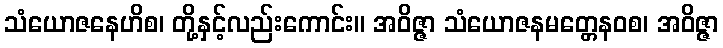
သံယောဇနေဟိစ၊ တို့နှင့်လည်းကောင်း။ အဝိဇ္ဇာ သံယောဇနမတ္တေနဝစ၊ အဝိဇ္ဇာ